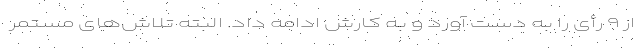
از ۹ رأی را به دست آورد و به کارش ادامه داد. البته تلاش‌های مستمر